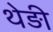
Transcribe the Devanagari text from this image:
थेड़ी